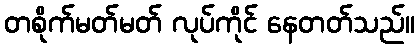
တစိုက်မတ်မတ် လုပ်ကိုင် နေတတ်သည်။